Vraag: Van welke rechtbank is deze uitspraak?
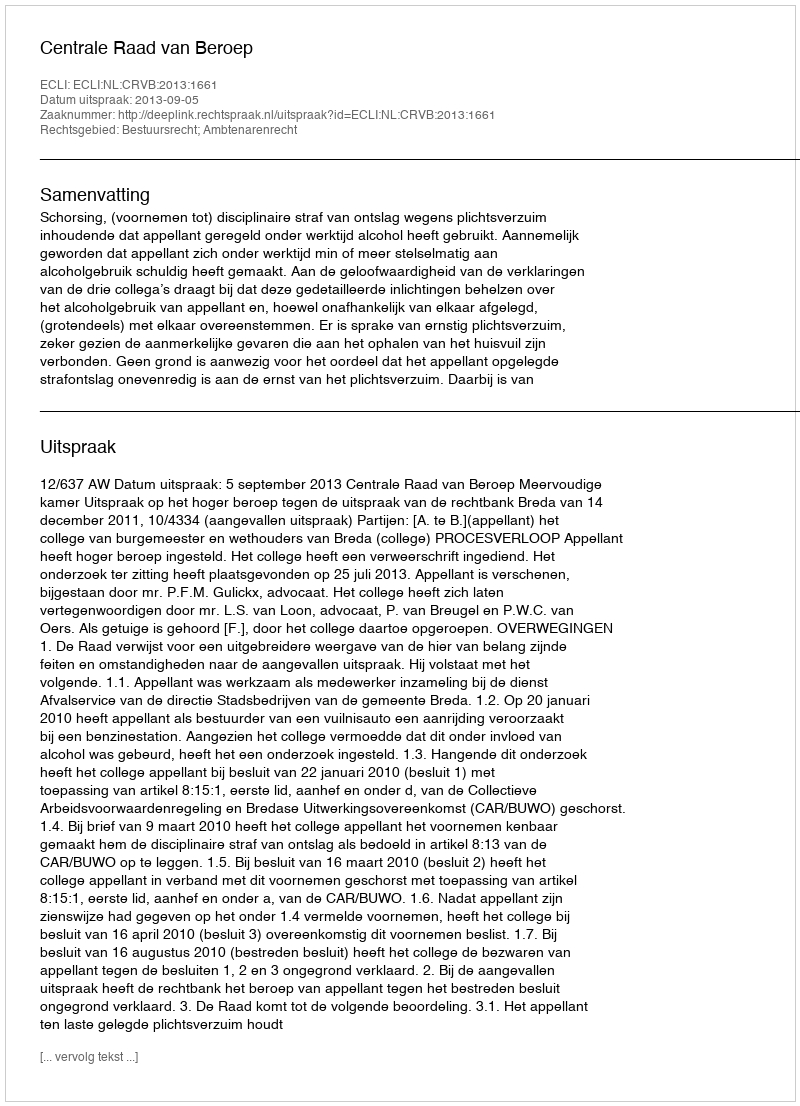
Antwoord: Centrale Raad van Beroep